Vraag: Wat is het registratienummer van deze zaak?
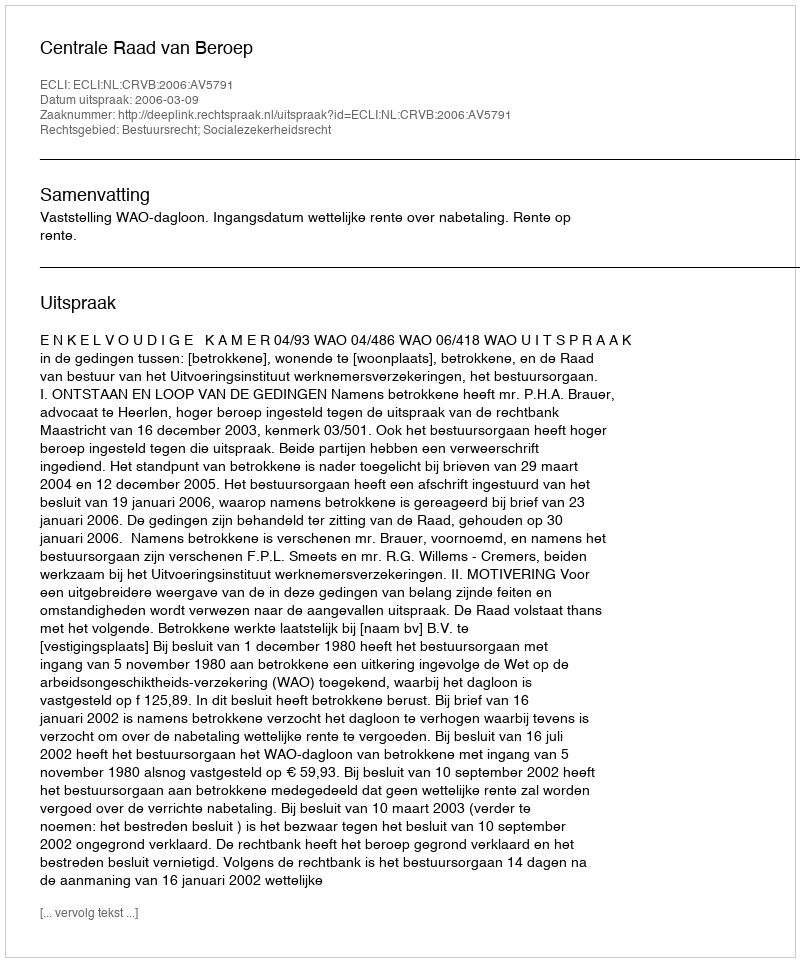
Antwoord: http://deeplink.rechtspraak.nl/uitspraak?id=ECLI:NL:CRVB:2006:AV5791